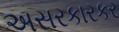
અસરકારકર